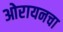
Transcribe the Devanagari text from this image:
ओरायनचा